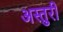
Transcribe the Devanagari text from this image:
अस्तुरी